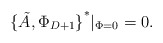
\begin{align*}{\{\tilde A,\Phi_{D+1}\}}^*\vert_{\Phi=0} =0.\end{align*}